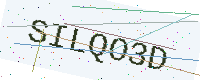
Text: SILQO3D